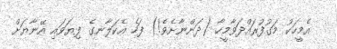
އެމީހަކު މަގުފުރައްދަވާމީހާ (ދަންނާށެވެ!) ފަހެ އެކަލާނގެ ފިޔަވައި އޭނާޔަށް